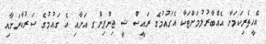
އެހީތެރިކަމަށާ އެއްބާރުލުމަށްޓަކާ އެގައުމުގެ ރައީސް ޝީ ޖިންޕިންގ އަށާއި އެ ގައުމުގެ ސަރުކާރަށާއި